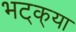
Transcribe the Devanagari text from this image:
भट्‌क्‌या